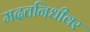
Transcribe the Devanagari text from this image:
मदतनिधीवर